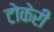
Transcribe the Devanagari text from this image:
टोकेरी